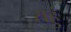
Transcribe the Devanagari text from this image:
सहुं